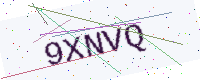
Text: 9XNVQ